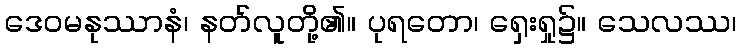
ဒေဝမနုဿာနံ၊ နတ်လူတို့၏။ ပုရတော၊ ရှေးရှု၌။ သေလဿ၊